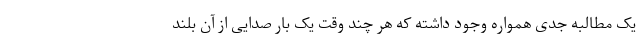
یک مطالبه جدی همواره وجود داشته که هر چند وقت یک بار صدایی از آن بلند